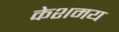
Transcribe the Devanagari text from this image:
केशमय